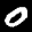
Label: 0